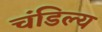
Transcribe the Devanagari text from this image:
चंडिल्य